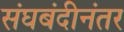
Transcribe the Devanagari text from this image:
संघबंदीनंतर